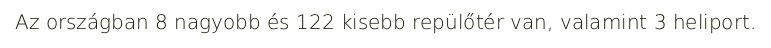
Az országban 8 nagyobb és 122 kisebb repülőtér van, valamint 3 heliport.